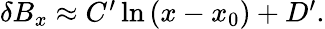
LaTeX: \begin{array}{r}{\delta B_{x}\approx C^{\prime}\ln\left(x-x_{0}\right)+D^{\prime}.}\end{array}